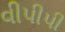
વીપીપી